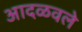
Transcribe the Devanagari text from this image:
आदळवले